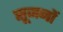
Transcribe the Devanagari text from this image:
सूजनों